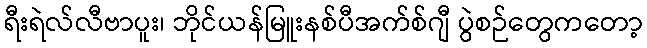
ရီးရဲလ်လီဗာပူး၊ ဘိုင်ယန်မြူးနစ်ပီအက်စ်ဂျီ ပွဲစဉ်တွေကတော့